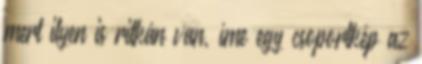
mert ilyen is ritkán van, íme egy csoportkép az